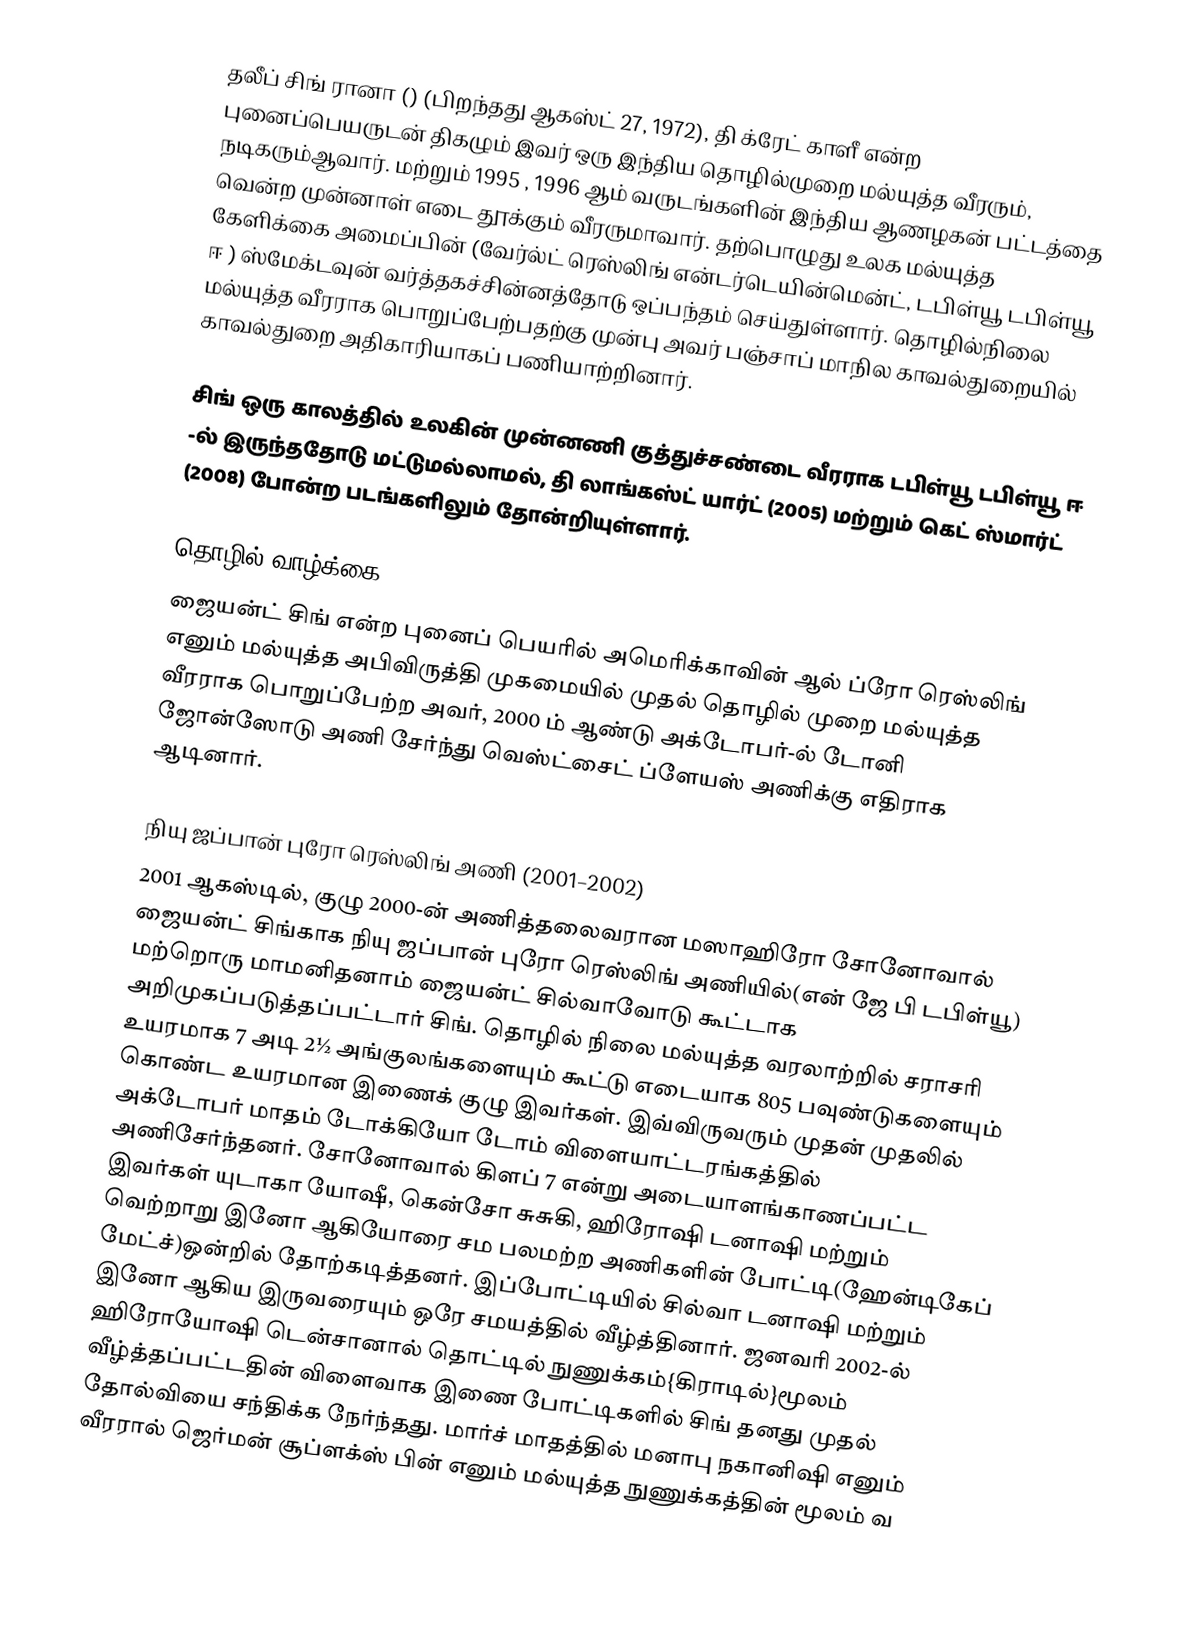
தலீப் சிங் ரானா () (பிறந்தது ஆகஸ்ட் 27, 1972), தி க்ரேட் காளீ  என்ற புனைப்பெயருடன் திகழும் இவர் ஒரு இந்திய தொழில்முறை மல்யுத்த வீரரும், நடிகரும்ஆவார். மற்றும் 1995 , 1996 ஆம் வருடங்களின் இந்திய ஆணழகன் பட்டத்தை வென்ற முன்னாள் எடை தூக்கும் வீரருமாவார். தற்பொழுது உலக மல்யுத்த கேளிக்கை அமைப்பின் (வேர்ல்ட் ரெஸ்லிங் என்டர்டெயின்மென்ட், டபிள்யூ டபிள்யூ ஈ ) ஸ்மேக்டவுன் வர்த்தகச்சின்னத்தோடு ஒப்பந்தம் செய்துள்ளார். தொழில்நிலை மல்யுத்த வீரராக பொறுப்பேற்பதற்கு முன்பு அவர் பஞ்சாப் மாநில காவல்துறையில் காவல்துறை அதிகாரியாகப் பணியாற்றினார்.

சிங் ஒரு காலத்தில் உலகின் முன்னணி குத்துச்சண்டை வீரராக டபிள்யூ டபிள்யூ ஈ -ல் இருந்ததோடு மட்டுமல்லாமல், தி லாங்கஸ்ட் யார்ட்  (2005) மற்றும் கெட் ஸ்மார்ட்  (2008) போன்ற படங்களிலும் தோன்றியுள்ளார்.

தொழில் வாழ்க்கை
ஜையன்ட் சிங் என்ற புனைப் பெயரில் அமெரிக்காவின் ஆல் ப்ரோ ரெஸ்லிங் எனும் மல்யுத்த அபிவிருத்தி முகமையில் முதல் தொழில் முறை மல்யுத்த வீரராக பொறுப்பேற்ற அவர், 2000 ம் ஆண்டு அக்டோபர்-ல் டோனி ஜோன்ஸோடு அணி சேர்ந்து வெஸ்ட்சைட் ப்ளேயஸ் அணிக்கு எதிராக ஆடினார்.

நியு ஜப்பான் புரோ ரெஸ்லிங் அணி (2001–2002)
2001 ஆகஸ்டில், குழு 2000-ன் அணித்தலைவரான மஸாஹிரோ சோனோவால் ஜையன்ட் சிங்காக நியு ஜப்பான் புரோ ரெஸ்லிங் அணியில்(என் ஜே பி டபிள்யூ) மற்றொரு மாமனிதனாம் ஜையன்ட் சில்வாவோடு கூட்டாக அறிமுகப்படுத்தப்பட்டார் சிங். தொழில் நிலை மல்யுத்த வரலாற்றில் சராசரி உயரமாக 7 அடி 2½ அங்குலங்களையும் கூட்டு எடையாக 805 பவுண்டுகளையும் கொண்ட உயரமான இணைக் குழு இவர்கள். இவ்விருவரும் முதன் முதலில் அக்டோபர் மாதம் டோக்கியோ டோம் விளையாட்டரங்கத்தில் அணிசேர்ந்தனர். சோனோவால் கிளப் 7 என்று அடையாளங்காணப்பட்ட இவர்கள் யுடாகா யோஷீ, கென்சோ சுசுகி, ஹிரோஷி டனாஷி மற்றும் வெற்றாறு இனோ ஆகியோரை சம பலமற்ற அணிகளின் போட்டி(ஹேன்டிகேப் மேட்ச்)ஒன்றில் தோற்கடித்தனர். இப்போட்டியில் சில்வா டனாஷி மற்றும் இனோ ஆகிய இருவரையும் ஒரே சமயத்தில் வீழ்த்தினார். ஜனவரி 2002-ல் ஹிரோயோஷி டென்சானால் தொட்டில் நுணுக்கம்{கிராடில்}மூலம் வீழ்த்தப்பட்டதின் விளைவாக இணை போட்டிகளில் சிங் தனது முதல் தோல்வியை சந்திக்க நேர்ந்தது. மார்ச் மாதத்தில் மனாபு நகானிஷி எனும் வீரரால் ஜெர்மன் சூப்ளக்ஸ் பின் எனும் மல்யுத்த நுணுக்கத்தின் மூலம் வ